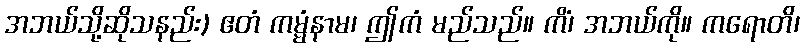
အဘယ်သို့ဆိုသနည်း) ဧတံ ကမ္မံနာမ၊ ဤကံ မည်သည်။ ကိံ၊ အဘယ်ကို။ ကရောတိ၊